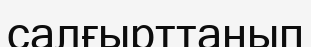
салғырттанып